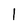
Character: 1